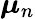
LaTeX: {\boldsymbol{\mu}}_{n}